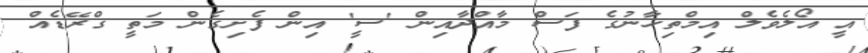
އީ އޯލެވެލް އިމްތިހާނުގެ ފަސް މާއްދާއިން 'ސީ' އިން ފެށިގެން މަތީ ގްރޭޑެއް